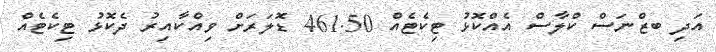
އަދި ބޒްނަސް ކްލާސް އެއްކޮޅު ޓިކެޓެއް 461.50 ޑޮލަރަށް ވިއްކާއިރު ދެކޮޅު ޓިކެޓެއް